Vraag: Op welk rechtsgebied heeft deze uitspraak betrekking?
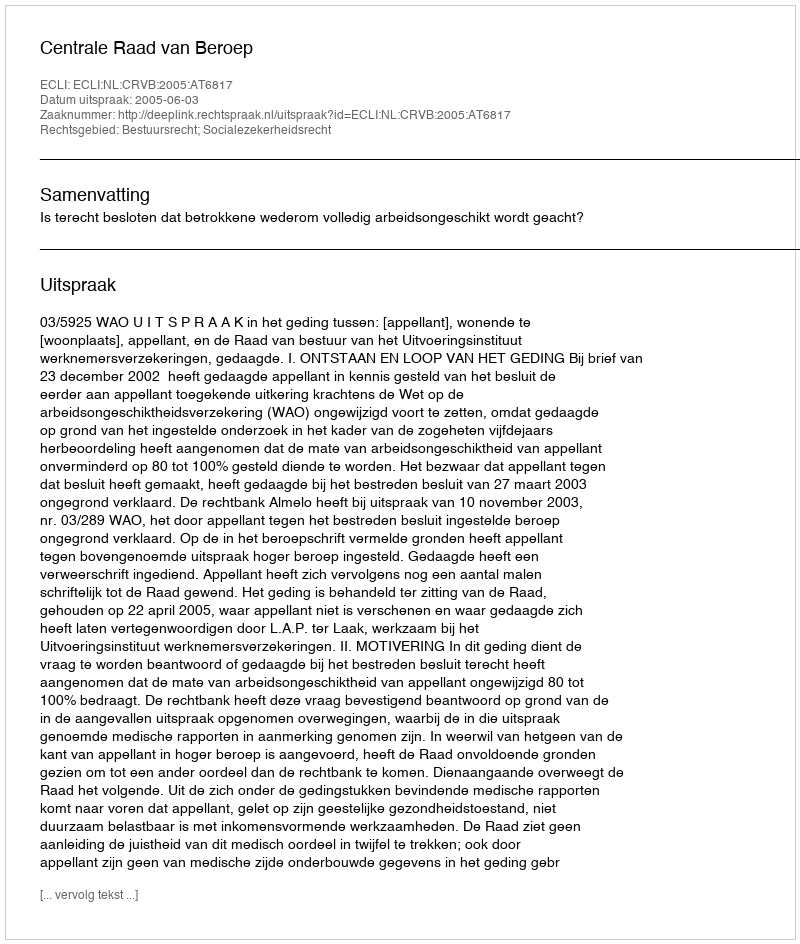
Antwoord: Bestuursrecht; Socialezekerheidsrecht